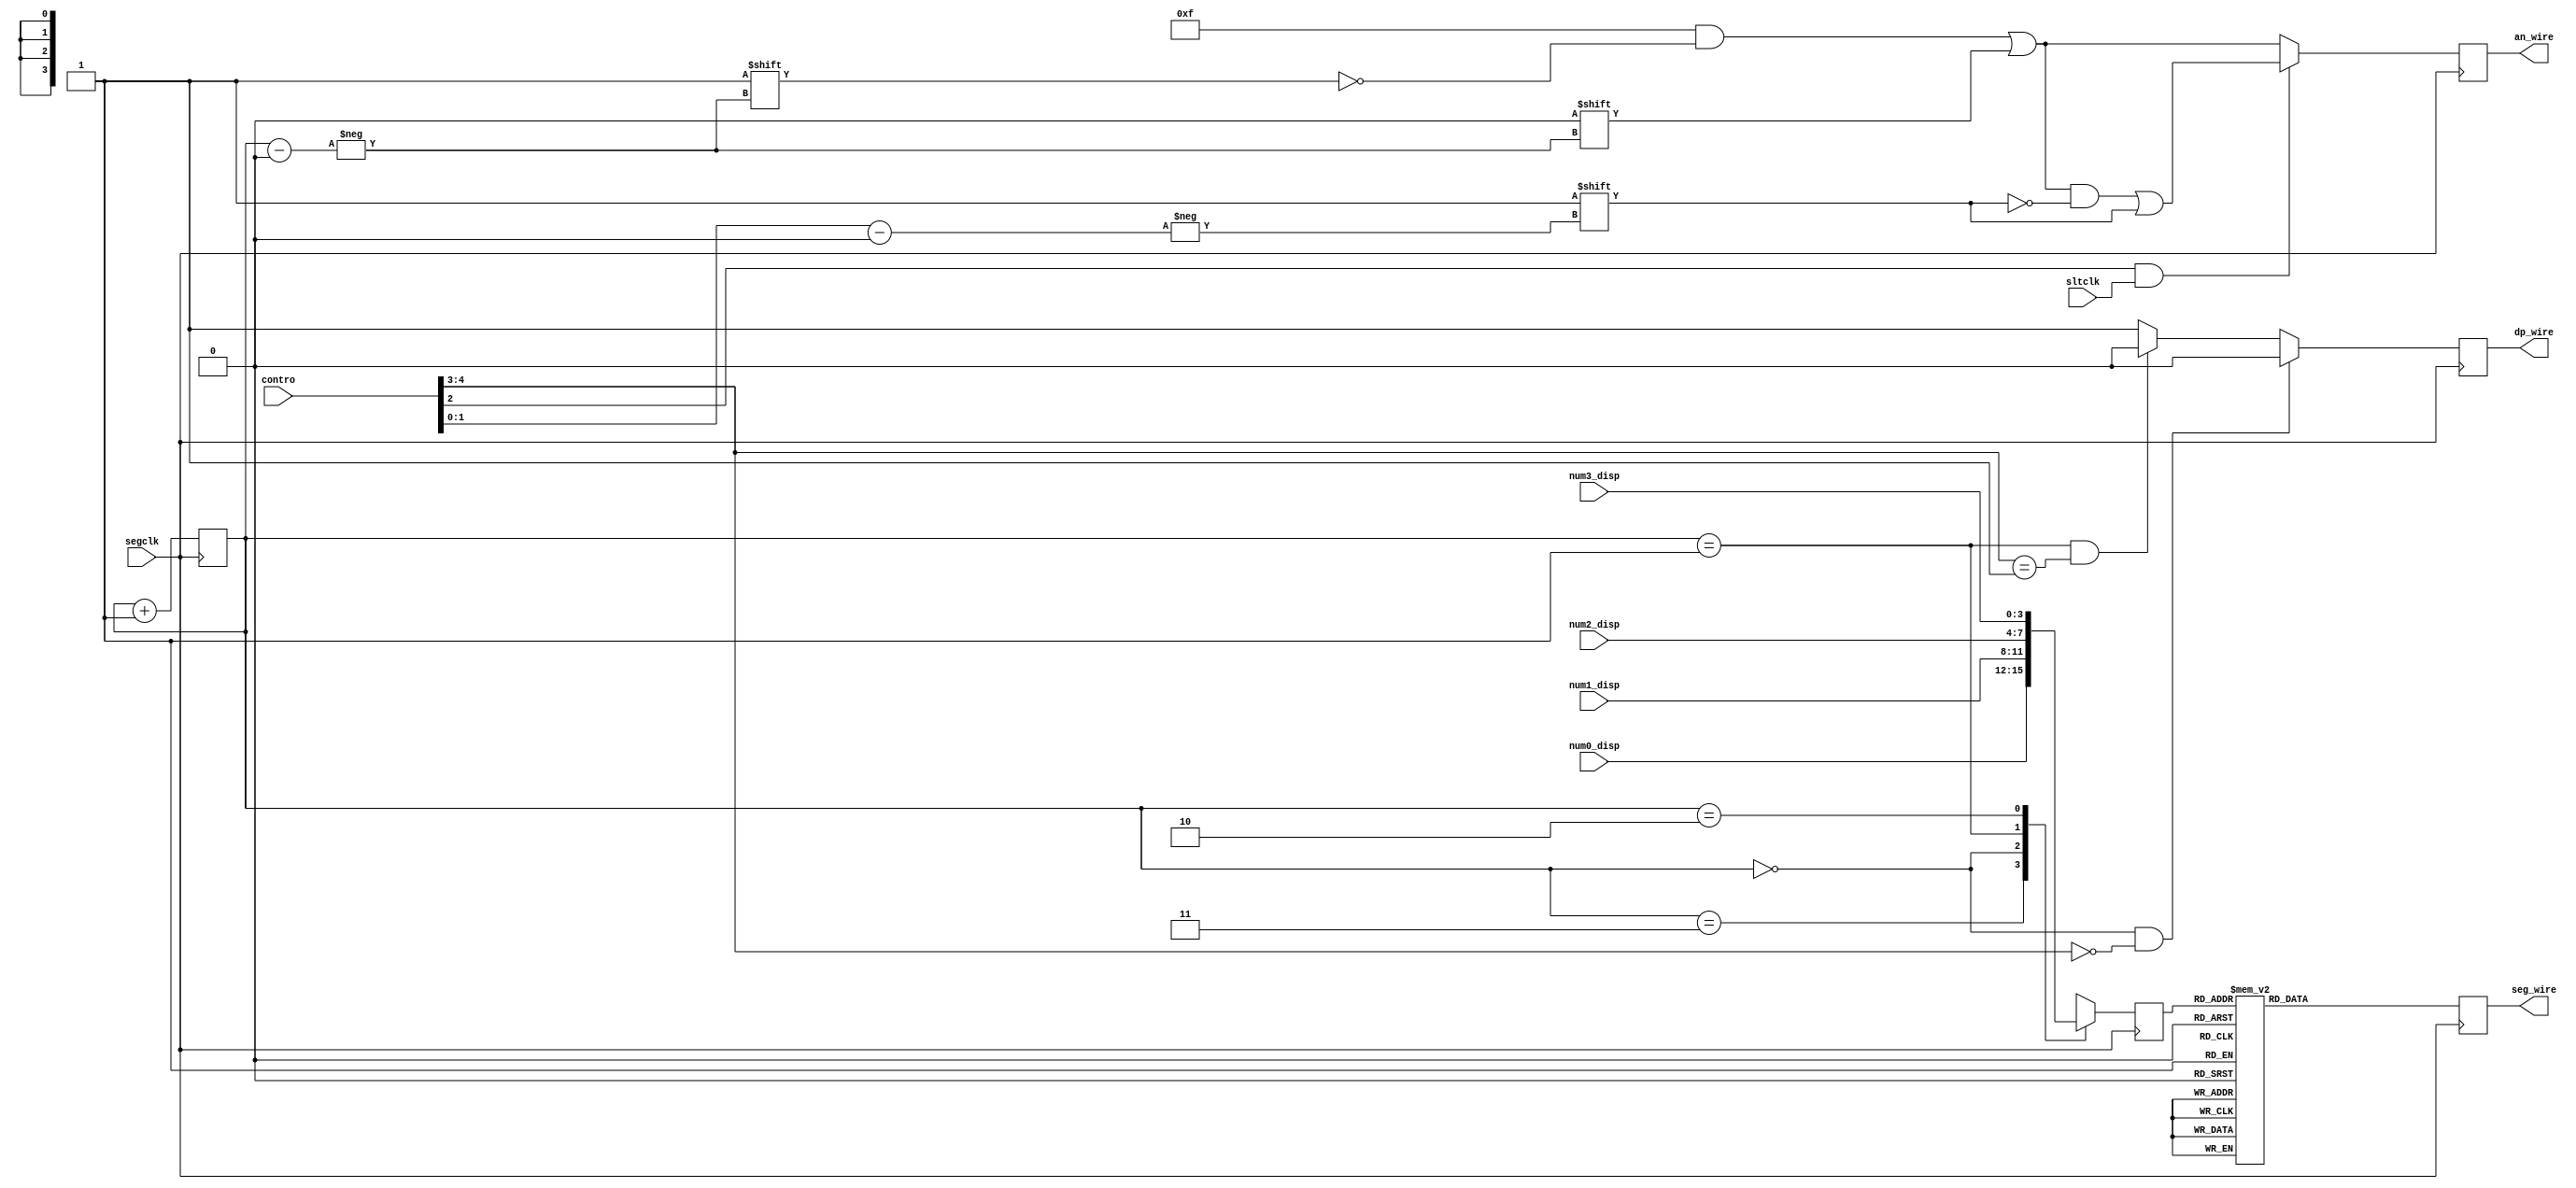
`timescale 1ns / 1ps
//////////////////////////////////////////////////////////////////////////////////
// Company: 
// Engineer: 
// 
// Design Name: 
// Module Name:    seg_disp 
// Project Name: 
// Target Devices: 
// Tool versions: 
// Description: 
//
// Dependencies: 
//
// Revision: 
// Revision 0.01 - File Created
// Additional Comments: 
//
//////////////////////////////////////////////////////////////////////////////////
module seg_disp(
	input wire segclk,
	input wire sltclk,
	
	input wire [4:0] contro,
	input wire [3:0] num3_disp,
	input wire [3:0] num2_disp,
	input wire [3:0] num1_disp,
	input wire [3:0] num0_disp,
	
	// set 7-segment display
	output wire [6:0] seg_wire, // 7-segment display LEDs
	output wire [3:0] an_wire, // 7-segment display anode
	output wire dp_wire // 7-segment display colon
    );

reg [1:0] select = 2'b00;
reg [3:0] digit;

reg [6:0] seg; // 7-segment display LEDs
reg [3:0] an; // 7-segment display anode
reg dp; // 7-segment display colon

initial begin
	dp = 1'b1;
end

always@(posedge segclk) begin
	an = 4'b1111;
	an[select] = 0;
	if(contro[2] && sltclk) begin
		an[contro[1:0]] = 1;
	end
	dp = 1'b1;
	if(select==2'b00 & contro[4:3]==2'b00) begin
		dp = 1'b0;
	end
	else if(select==2'b01 & contro[4:3]==2'b01) begin
		dp = 1'b0;
	end
	case(select)
		2'b11:digit <= num0_disp[3:0];
		2'b00:digit <= num1_disp[3:0];
		2'b01:digit <= num2_disp[3:0];
		2'b10:digit <= num3_disp[3:0];
	endcase
	case(digit)
		'h0:seg = 7'b0000001; // disp 0
		'h1:seg = 7'b1001111; // disp 1
		'h2:seg = 7'b0010010; // disp 2
		'h3:seg = 7'b0000110; // disp 3
		'h4:seg = 7'b1001100; // disp 4
		'h5:seg = 7'b0100100; // disp 5
		'h6:seg = 7'b0100000; // disp 6
		'h7:seg = 7'b0001111; // disp 7
		'h8:seg = 7'b0000000; // disp 8
		'h9:seg = 7'b0000100; // disp 9
		'hA:seg = 7'b0001000; // disp A
		'hB:seg = 7'b1100000; // disp b
		'hC:seg = 7'b0110001; // disp C
		'hD:seg = 7'b1000010; // disp d
		'hE:seg = 7'b0110000; // disp E
		'hF:seg = 7'b0111000; // disp F
	endcase
	select <= select + 1;
end

assign seg_wire = seg; // 7-segment display LEDs
assign an_wire = an; // 7-segment display anode
assign dp_wire = dp; // 7-segment display colon

endmodule